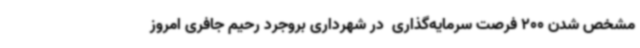
مشخص شدن 200 فرصت سرمایه‌گذاری  در شهرداری بروجرد رحیم جافری امروز